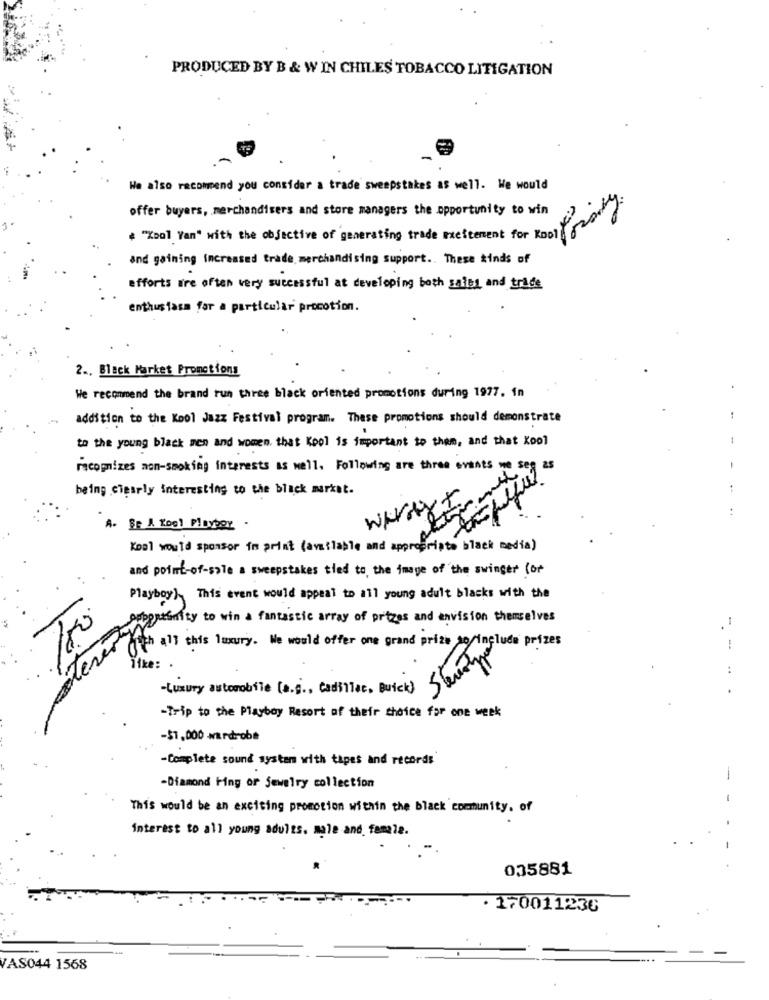
PRODUCED BY B & W IN CHILES TOBACCO LITIGATION
We also recommend you consider a trade sweepstakes as well. We would
offer buyers, merchandisers and store managers the opportunity to win
* "Tool Van" with the objective of generating trade excitement for good
and gaining increased trade merchandising support .. These kinds of
efforts are often very successful at developing both sales and trade
enthusiasm for a particular procotion.
2 ., Black Market Promotions
We recommend the brand run three black oriented promotions during 1977. in
addition to the Kool Jazz Festival program. These promotions should demonstrate
to the young black men and women that Kool is important to them, and that Kool
-
recognizes mon-smoking interests as well. Following are three events we seg as
-
being clearly interesting to the black market.
A. BE A Kool Plater .
Kool would sponsor im print (available and appropriate black media)
and point-of-sale a sweepstakes tied to the image of the swinger (or
Playboy This event would appeal to all young adult blacks with the
150
sapereentry to win a fantastic array of prizes and envision themselves
moth all this luxury. We would offer one grand prize so/include prizes
-
lever
Tike: .
-Luxury automobile [a.g ., cadillac, Buick] ]
...
-Trip to the Playboy Resort of their choice for one week
-$1,000 wardrobe
-Complete sound system with tapes and records
-
-Diamond Hing or jewelry collection
This would be an exciting promotion within the black community. of
interest to all young adults. male and female.
035881
· 170011236
VAS044 1568